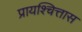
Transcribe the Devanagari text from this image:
प्रायश्चित्तास